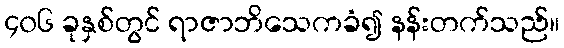
၄၀၆ ခုနှစ်တွင် ရာဇာဘိသေကခံ၍ နန်းတက်သည်။